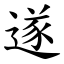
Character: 遂